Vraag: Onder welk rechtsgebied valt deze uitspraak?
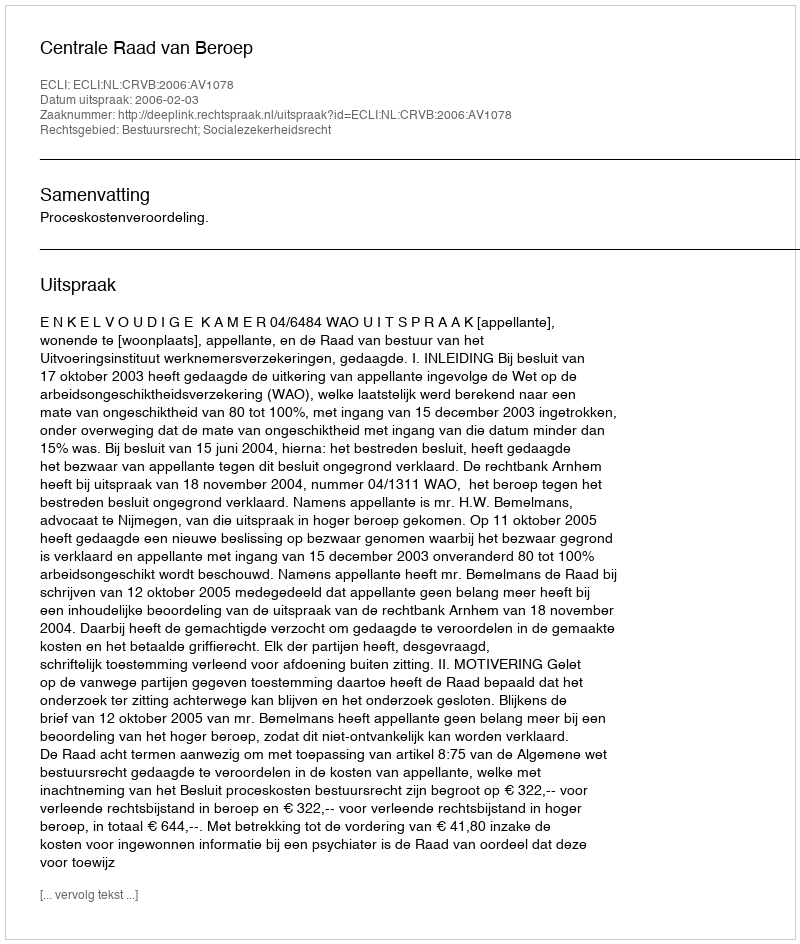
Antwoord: Bestuursrecht; Socialezekerheidsrecht